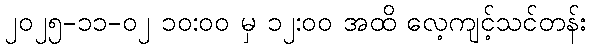
၂၀၂၅-၁၁-၀၂ ၁၀:၀၀ မှ ၁၂:၀၀ အထိ လေ့ကျင့်သင်တန်း